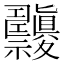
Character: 𥜹